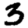
Digit: 3